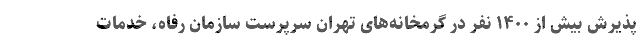
پذیرش بیش از ۱۴۰۰ نفر در گرمخانه‌های تهران سرپرست سازمان رفاه، خدمات